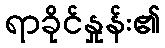
ရာခိုင်နှုန်း၏